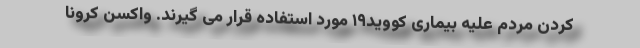
کردن مردم علیه بیماری کووید۱۹ مورد استفاده قرار می گیرند. واکسن کرونا